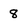
Character: 8